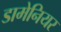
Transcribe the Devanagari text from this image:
डामेनियर